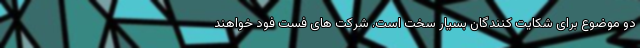
دو موضوع برای شکایت کنندگان بسیار سخت است. شرکت های فست فود خواهند